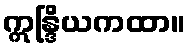
ဣန္ဒြိယကထာ။